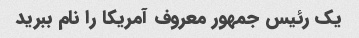
یک رئیس جمهور معروف آمریکا را نام ببرید